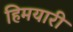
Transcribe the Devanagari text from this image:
हिमयारी